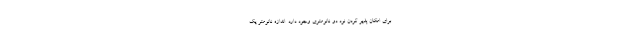
برای امکان پذیر کردن نود دو نانومتری وجود دارد. اندازه نانومتر یک